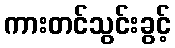
ကားတင်သွင်းခွင့်